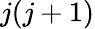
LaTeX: j(j+1)